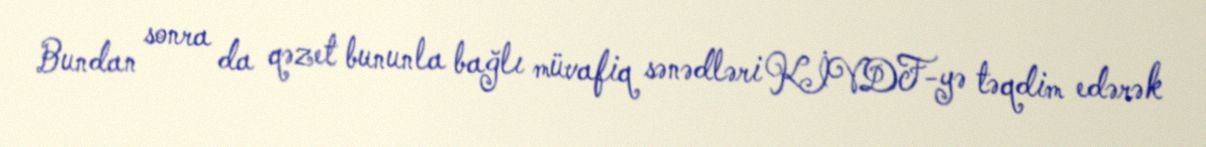
Bundan sonra da qəzet bununla bağlı müvafiq sənədləri KİVDF-yə təqdim edərək